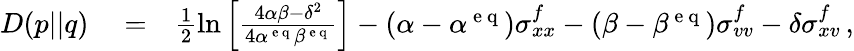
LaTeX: \begin{array}{rlr}{D(p||q)}&{{}=}&{\frac{1}{2}\ln\left[\frac{4\alpha\beta-\delta^{2}}{4\alpha^{\mathrm{~e~q~}}\beta^{\mathrm{~e~q~}}}\right]-(\alpha-\alpha^{\mathrm{~e~q~}})\sigma_{xx}^{f}-(\beta-\beta^{\mathrm{~e~q~}})\sigma_{vv}^{f}-\delta\sigma_{xv}^{f}\, ,}\end{array}